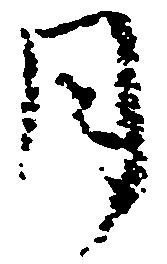
月